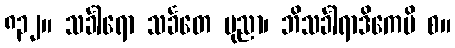
၈၃၂။ သင်္ခါရော သင်္ခတေ ပုညာ၊ ဘိသင်္ခါရာဒိကေပိ စ။